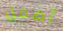
أضمن